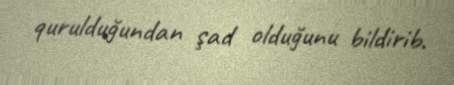
qurulduğundan şad olduğunu bildirib.